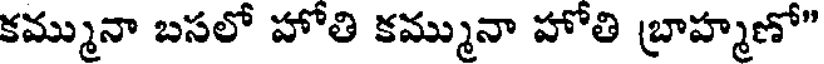
కమ్మునా బసలో హోతి కమ్మునా హోతి బ్రాహ్మణో"